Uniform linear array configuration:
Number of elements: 64
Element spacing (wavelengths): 0.5
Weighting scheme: hann
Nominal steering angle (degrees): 15
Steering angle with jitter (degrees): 14.165
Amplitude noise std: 0.05
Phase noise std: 0.05

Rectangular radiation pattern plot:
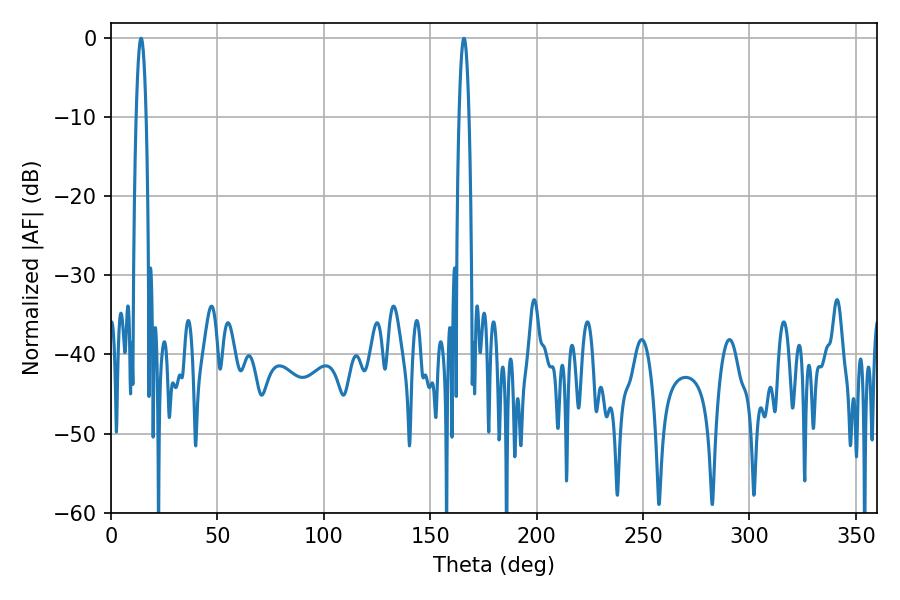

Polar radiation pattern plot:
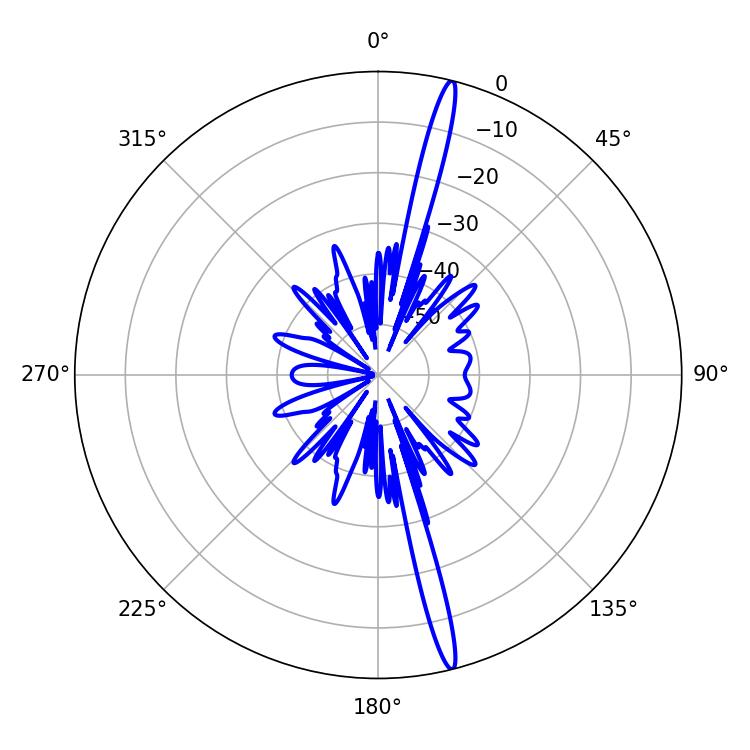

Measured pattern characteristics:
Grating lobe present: FALSE
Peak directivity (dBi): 19.193
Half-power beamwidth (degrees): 2.52
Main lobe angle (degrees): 165.78